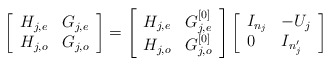
\begin{align*}\left[\begin{array}{ll}H_{j,e} & G_{j,e} \\ H_{j,o} & G_{j,o} \end{array}\right]=\left[\begin{array}{ll}H_{j,e} & G_{j,e}^{[0]} \\ H_{j,o} & G_{j,o}^{[0]} \end{array}\right]\left[\begin{array}{ll}I_{n_j} & -U_j \\ 0 & I_{n_j'}\end{array}\right]\end{align*}